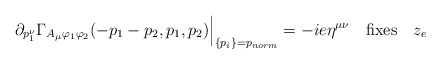
\begin{align*}\partial_{p_1^\nu} \Gamma_{A_\mu \varphi_1 \varphi_2 } (-p_1-p_2,p_1,p_2) \Big|_{\{p_i\} = p_{norm} } = - i e \eta^{\mu \nu} \quad \mbox{fixes} \quad z_e\end{align*}